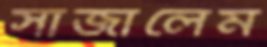
সাজালেম